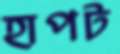
হাপট